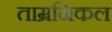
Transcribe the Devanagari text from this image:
ताम्रनिकल